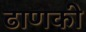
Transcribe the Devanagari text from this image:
ढाणकी